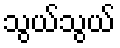
သွယ်သွယ်